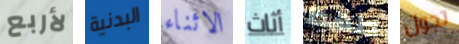
لأربع البدنية الاثناء أثاث طھط تجول